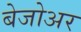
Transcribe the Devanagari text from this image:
बेजोअर